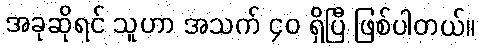
အခုဆိုရင် သူဟာ အသက် ၄၀ ရှိပြီ ဖြစ်ပါတယ်။